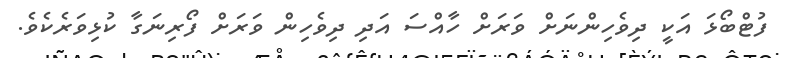
ފުޓްބޯޅަ އަކީ ދިވެހިންނަށް ވަރަށް ހާއްސަ އަދި ދިވެހިން ވަރަށް ފޯރިނަގާ ކުޅިވަރެކެވެ.